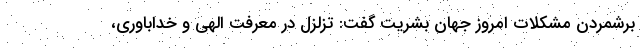
برشمردن مشکلات امروز جهان بشریت گفت: تزلزل در معرفت الهی و خداباوری،